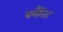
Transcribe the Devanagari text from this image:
क्लैरेट